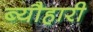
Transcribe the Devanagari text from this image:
ब्यौहारी